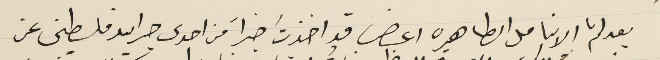
بعد لثم الانامل الطاهره اعرض قد اخذت خبراً من احدى جرايد فلسطين عن